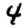
Digit: 4